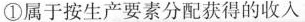
①属于按生产要素分配获得的收入